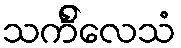
သင်္ကိလေသံ